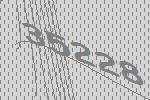
35228